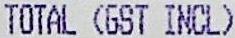
TOTAL (GST INCL)